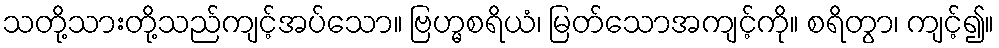
သတို့သားတို့သည်ကျင့်အပ်သော။ ဗြဟ္မစရိယံ၊ မြတ်သောအကျင့်ကို။ စရိတွာ၊ ကျင့်၍။